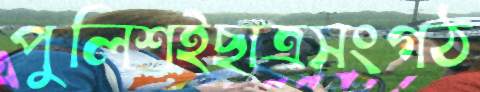
পুলিশইছাত্রসংগঠ